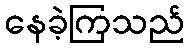
နေခဲ့ကြသည်